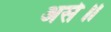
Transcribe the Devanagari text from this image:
असे॥